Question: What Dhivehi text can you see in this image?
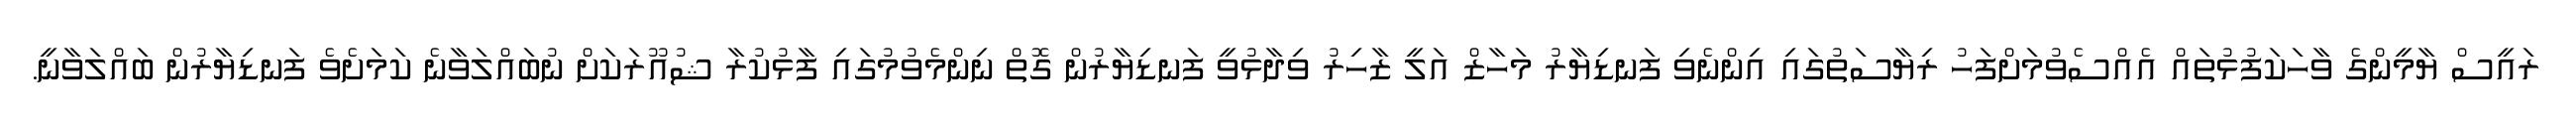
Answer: ރައީސް ޔާމީންގެ ވާހަކަފުޅުތައް އެއްސެވުމަށްފަހު ރިޔާސަތުގައި އިންނެވި ފަނޑިޔާރު މަހާޒް އަލީ ޒާހިރު ވިދާޅުވީ ފަނޑިޔާރުން ގޮތް ނިންމެވުމުގައި ފާޅުކުރާ ޝުއޫރަކަށް ނުބައްލަވާނެ ކަމަށެވެ ފަނޑިޔާރުން ބައްލަވާނީ.